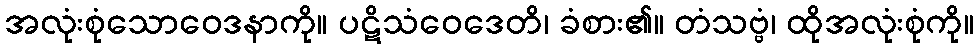
အလုံးစုံသောဝေဒနာကို။ ပဋိသံဝေဒေတိ၊ ခံစား၏။ တံသဗ္ဗံ၊ ထိုအလုံးစုံကို။